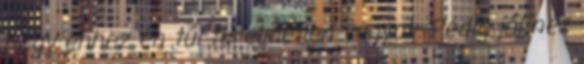
hogy ehhez én túl türelmetlen vagyok. Pedig jól néz